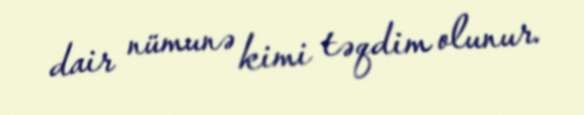
dair nümunə kimi təqdim olunur.